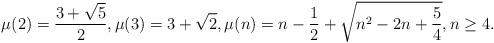
LaTeX: \begin{align*} \mu(2)=\frac{3+\sqrt{5}}{2},\mu(3)= 3+\sqrt{2},\mu(n)= n-\frac{1}{2}+\sqrt{n^{2}-2n+\frac{5}{4}}, n\geq 4.\end{align*}